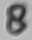
Text: 8